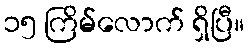
၁၅ ကြိမ်လောက် ရှိပြီ။